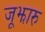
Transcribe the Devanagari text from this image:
जूझारु